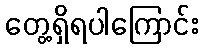
တွေ့ရှိရပါကြောင်း